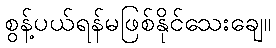
စွန့်ပယ်ရန်မဖြစ်နိုင်သေးချေ။